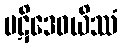
ပဋိဒေဝယိဿံ